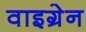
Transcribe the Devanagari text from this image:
वाइग्रेन